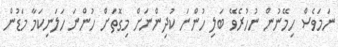
ނަމަވެސް ހިމޭނުން ނުހުރެވޭ ބަލި ހުންނަ ކުދިންނަށް މިގޮތަށް ހުންނަ ހަލަނިކަމާ މަޑުން